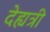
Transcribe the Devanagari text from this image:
देह्यत्री